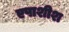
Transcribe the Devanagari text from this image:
एपाशीश